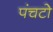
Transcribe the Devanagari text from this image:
पंचटो